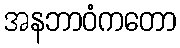
အနဘာဝံကတော